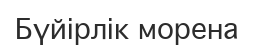
Бүйірлік морена